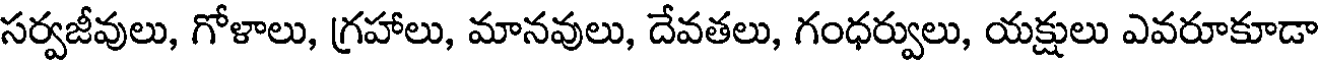
సర్వజీవులు, గోళాలు, గ్రహాలు, మానవులు, దేవతలు, గంధర్వులు, యక్షులు ఎవరూకూడా